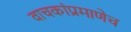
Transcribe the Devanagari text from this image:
वाचकांप्रमाणेच